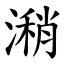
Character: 潲